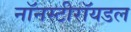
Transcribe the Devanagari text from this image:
नॉनस्टीरॉयडल